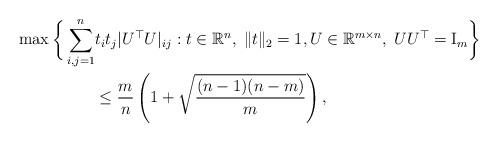
LaTeX: \begin{align*}\max \bigg\lbrace \sum_{i,j=1}^n & t_it_j|U^\top U|_{ij}:t\in\mathbb{R}^n,\;\|t\|_2=1,U\in \mathbb{R}^{m\times n},\; UU^\top={\rm I}_m \bigg\rbrace \\& \le\frac{m}{n} \left( 1 + \sqrt{\frac{(n-1)(n-m)}{m}} \right),\end{align*}